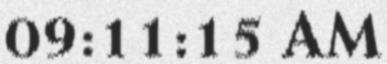
09:11:15 AM